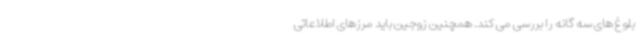
بلوغ های سه گانه را بررسی می کند. همچنین زوجین باید مرزهای اطلاعاتی